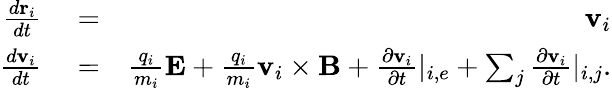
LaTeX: \begin{array}{rlr}{\frac{d\textbf{r}_{i}}{dt}}&{{}=}&{\textbf{v}_{i}}\\ {\frac{d\textbf{v}_{i}}{dt}}&{{}=}&{\frac{q_{i}}{m_{i}}\textbf{E}+\frac{q_{i}}{m_{i}}\textbf{v}_{i}\times\textbf{B}+\frac{\partial\textbf{v}_{i}}{\partial t}|_{i,e}+\sum_{j}\frac{\partial\textbf{v}_{i}}{\partial t}|_{i,j}.}\end{array}